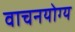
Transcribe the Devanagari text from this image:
वाचनयोग्य